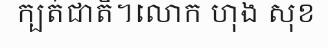
ក្បត់ជាតិ។លោក ហុង សុខ